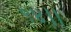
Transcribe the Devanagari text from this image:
९४।।